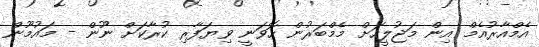
އެމްއާރުއެމް އިން މަޖުލީހަށް މެމްބަރުން ހޮވަނީ ވިޔަފާރި ކުރާކަށް ނޫން - މައުމޫން